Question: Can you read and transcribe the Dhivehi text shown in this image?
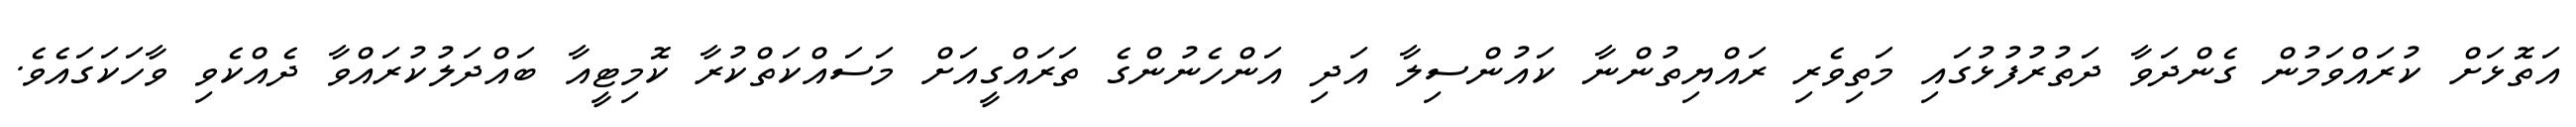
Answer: އަތޮޅަށް ކުރައްވަމުން ގެންދަވާ ދަތުރުފުޅުގައި މަތިވެރި ރައްޔިތުންނާ ކައުންސިލާ އަދި އަންހެނުންގެ ތަރައްގީއަށް މަސައްކަތްކުރާ ކޮމިޓީއާ ބައްދަލުކުރައްވާ ދެއްކެވި ވާހަކަގައެވެ.